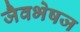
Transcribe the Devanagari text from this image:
जैवभेषज